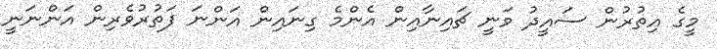
މީގެ އިތުރުން ސައީދު ވަނީ ޗައިނާއިން އެންމެ ގިނައިން އަންނަ ފަތުރުވެރިން އަންނަނީ